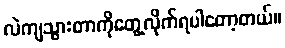
လဲကျသွားတာကိုတွေ့လိုက်ရပါတော့တယ်။